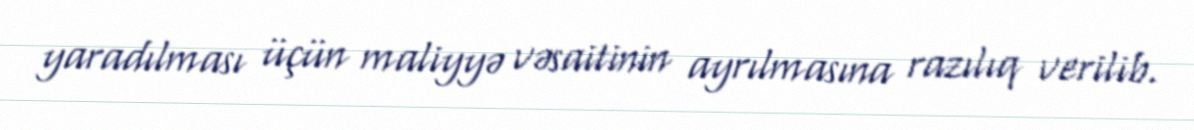
yaradılması üçün maliyyə vəsaitinin ayrılmasına razılıq verilib.